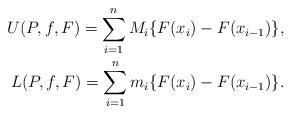
LaTeX: \begin{align*} U(P,f,F)=\sum_{i=1}^{n}M_i \{F(x_i)-F(x_{i-1})\},\\ L(P,f,F)=\sum_{i=1}^{n}m_i \{F(x_i)-F(x_{i-1})\}. \end{align*}